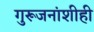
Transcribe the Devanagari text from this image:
गुरूजनांशीही